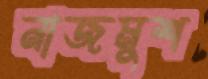
নাজমুশ